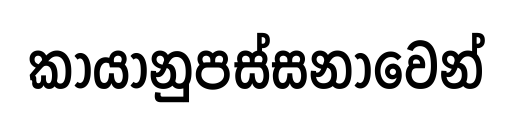
කායානුපස්සනාවෙන්